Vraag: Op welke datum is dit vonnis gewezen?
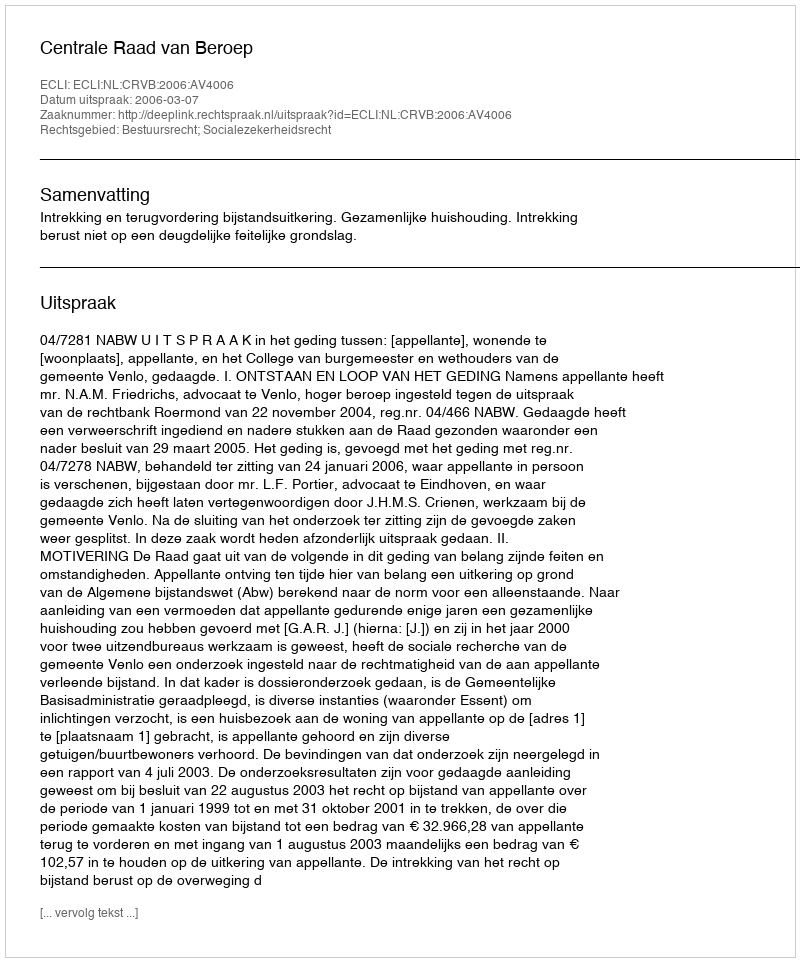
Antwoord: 2006-03-07